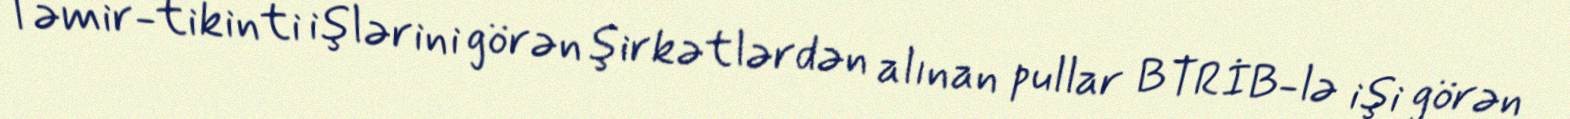
Təmir-tikinti işlərini görən şirkətlərdən alınan pullar BTRİB-lə işi görən